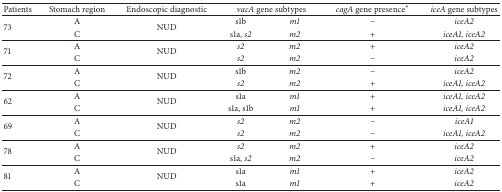
<table><thead><tr><td><b>Patients</b></td><td><b>Stomach region</b></td><td><b>Endoscopic diagnostic</b></td><td colspan="2"><b><i>vacA</i> gene subtypes </b></td><td><b><i>cagA</i> gene presence<sup>*</sup></b></td><td><b><i>iceA</i> gene subtypes </b></td></tr></thead><tbody><tr><td rowspan="2">73</td><td>A</td><td rowspan="2">NUD</td><td>s1b</td><td><i>m1 </i></td><td>−</td><td><i>iceA2 </i></td></tr><tr><td>C</td><td>s1a, <i>s2 </i></td><td><i>m2 </i></td><td>+</td><td><i>iceA1, iceA2 </i></td></tr><tr><td rowspan="2">71</td><td>A</td><td rowspan="2">NUD</td><td><i>s2 </i></td><td><i>m2 </i></td><td>+</td><td><i>iceA2 </i></td></tr><tr><td>C</td><td><i>s2 </i></td><td><i>m2 </i></td><td>−</td><td><i>iceA2 </i></td></tr><tr><td rowspan="2">72</td><td>A</td><td rowspan="2">NUD</td><td>s1b</td><td><i>m2 </i></td><td>−</td><td><i>iceA2 </i></td></tr><tr><td>C</td><td><i>s2 </i></td><td><i>m2 </i></td><td>+</td><td><i>iceA1, iceA2 </i></td></tr><tr><td rowspan="2">62</td><td>A</td><td rowspan="2">NUD</td><td>s1a</td><td><i>m1 </i></td><td>+</td><td><i>iceA1, iceA2 </i></td></tr><tr><td>C</td><td>s1a, s1b</td><td><i>m1 </i></td><td>+</td><td><i>iceA1, iceA2 </i></td></tr><tr><td rowspan="2">69</td><td>A</td><td rowspan="2">NUD</td><td><i>s2 </i></td><td><i>m2 </i></td><td>−</td><td><i>iceA1 </i></td></tr><tr><td>C</td><td><i>s2 </i></td><td><i>m2 </i></td><td>−</td><td><i>iceA1, iceA2 </i></td></tr><tr><td rowspan="2">78</td><td>A</td><td rowspan="2">NUD</td><td><i>s2 </i></td><td><i>m2 </i></td><td>+</td><td><i>iceA2 </i></td></tr><tr><td>C</td><td>s1a, <i>s2 </i></td><td><i>m2 </i></td><td>−</td><td><i>iceA2 </i></td></tr><tr><td rowspan="2">81</td><td>A</td><td rowspan="2">NUD</td><td>s1a</td><td><i>m1 </i></td><td>+</td><td><i>iceA2 </i></td></tr><tr><td>C</td><td>s1a</td><td><i>m1 </i></td><td>+</td><td><i>iceA2 </i></td></tr></tbody></table>